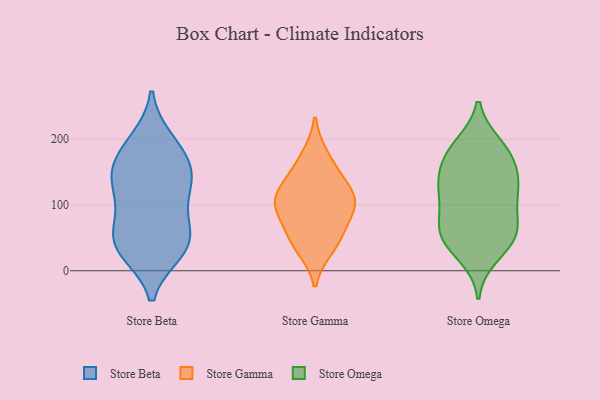
{"axis": {"x": "Gross Profit (USD K)", "y": "Value"}, "legend": ["Store Beta", "Store Gamma", "Store Omega"], "data": [{"x": "", "y": 147, "type": "Store Beta"}, {"x": "", "y": 198, "type": "Store Beta"}, {"x": "", "y": 125, "type": "Store Beta"}, {"x": "", "y": 29, "type": "Store Beta"}, {"x": "", "y": 190, "type": "Store Beta"}, {"x": "", "y": 131, "type": "Store Beta"}, {"x": "", "y": 37, "type": "Store Beta"}, {"x": "", "y": 156, "type": "Store Beta"}, {"x": "", "y": 33, "type": "Store Beta"}, {"x": "", "y": 83, "type": "Store Beta"}, {"x": "", "y": 37, "type": "Store Beta"}, {"x": "", "y": 72, "type": "Store Beta"}, {"x": "", "y": 56, "type": "Store Beta"}, {"x": "", "y": 131, "type": "Store Beta"}, {"x": "", "y": 171, "type": "Store Beta"}, {"x": "", "y": 35, "type": "Store Gamma"}, {"x": "", "y": 174, "type": "Store Gamma"}, {"x": "", "y": 46, "type": "Store Gamma"}, {"x": "", "y": 106, "type": "Store Gamma"}, {"x": "", "y": 61, "type": "Store Gamma"}, {"x": "", "y": 96, "type": "Store Gamma"}, {"x": "", "y": 128, "type": "Store Gamma"}, {"x": "", "y": 105, "type": "Store Gamma"}, {"x": "", "y": 147, "type": "Store Gamma"}, {"x": "", "y": 99, "type": "Store Gamma"}, {"x": "", "y": 137, "type": "Store Omega"}, {"x": "", "y": 144, "type": "Store Omega"}, {"x": "", "y": 62, "type": "Store Omega"}, {"x": "", "y": 190, "type": "Store Omega"}, {"x": "", "y": 173, "type": "Store Omega"}, {"x": "", "y": 122, "type": "Store Omega"}, {"x": "", "y": 120, "type": "Store Omega"}, {"x": "", "y": 50, "type": "Store Omega"}, {"x": "", "y": 171, "type": "Store Omega"}, {"x": "", "y": 91, "type": "Store Omega"}, {"x": "", "y": 24, "type": "Store Omega"}, {"x": "", "y": 54, "type": "Store Omega"}, {"x": "", "y": 117, "type": "Store Omega"}, {"x": "", "y": 49, "type": "Store Omega"}, {"x": "", "y": 186, "type": "Store Omega"}, {"x": "", "y": 64, "type": "Store Omega"}]}